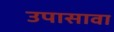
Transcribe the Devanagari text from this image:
उपासावा